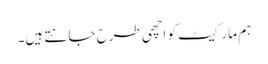
ہم مارکیٹ کو اچھی طرح جانتے ہیں۔